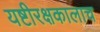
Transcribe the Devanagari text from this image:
यष्टीरक्षकालाच